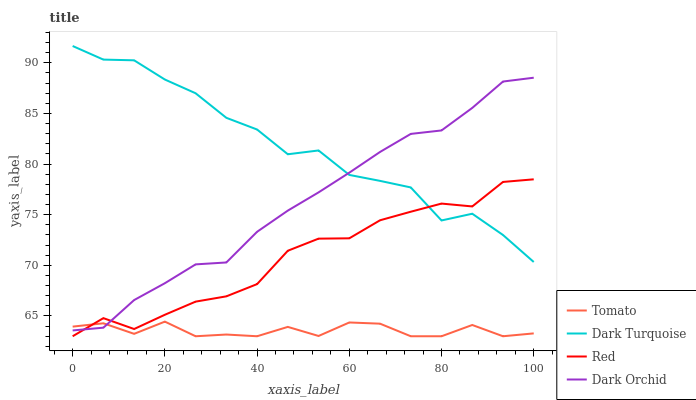
| xaxis_label | Tomato | Dark Turquoise | Red | Dark Orchid |
 | --- | --- | --- | --- | --- |
 | 0 | 64 | 91.7 | 63 | 63.6 |
 | 6.67 | 64.3 | 90.3 | 64.8 | 63.8 |
 | 13.3 | 63.2 | 90.2 | 63.7 | 66.6 |
 | 20 | 64.4 | 88.3 | 65.1 | 68.2 |
 | 26.7 | 63 | 87 | 66.4 | 70.1 |
 | 33.3 | 63.2 | 84.6 | 66.9 | 70.3 |
 | 40 | 63 | 83.4 | 68.1 | 73.3 |
 | 46.7 | 63.9 | 81 | 71.4 | 75.4 |
 | 53.3 | 63 | 81.3 | 72.6 | 77.2 |
 | 60 | 64.4 | 78.9 | 72.7 | 79.1 |
 | 66.7 | 64.2 | 78.3 | 74.4 | 81.2 |
 | 73.3 | 63 | 77.7 | 75.3 | 83 |
 | 80 | 63 | 74.4 | 76.1 | 83.3 |
 | 86.7 | 64.1 | 75.1 | 75.8 | 85.5 |
 | 93.3 | 63 | 73 | 78.2 | 88.1 |
 | 100 | 63.3 | 70.3 | 78.5 | 88.5 |